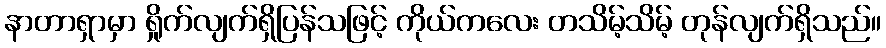
နာတာရှာမှာ ရှိုက်လျက်ရှိပြန်သဖြင့် ကိုယ်ကလေး တသိမ့်သိမ့် တုန်လျက်ရှိသည်။